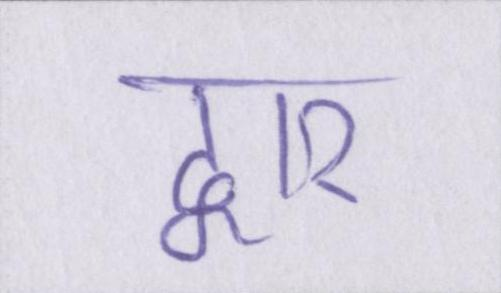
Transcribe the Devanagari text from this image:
द्वार